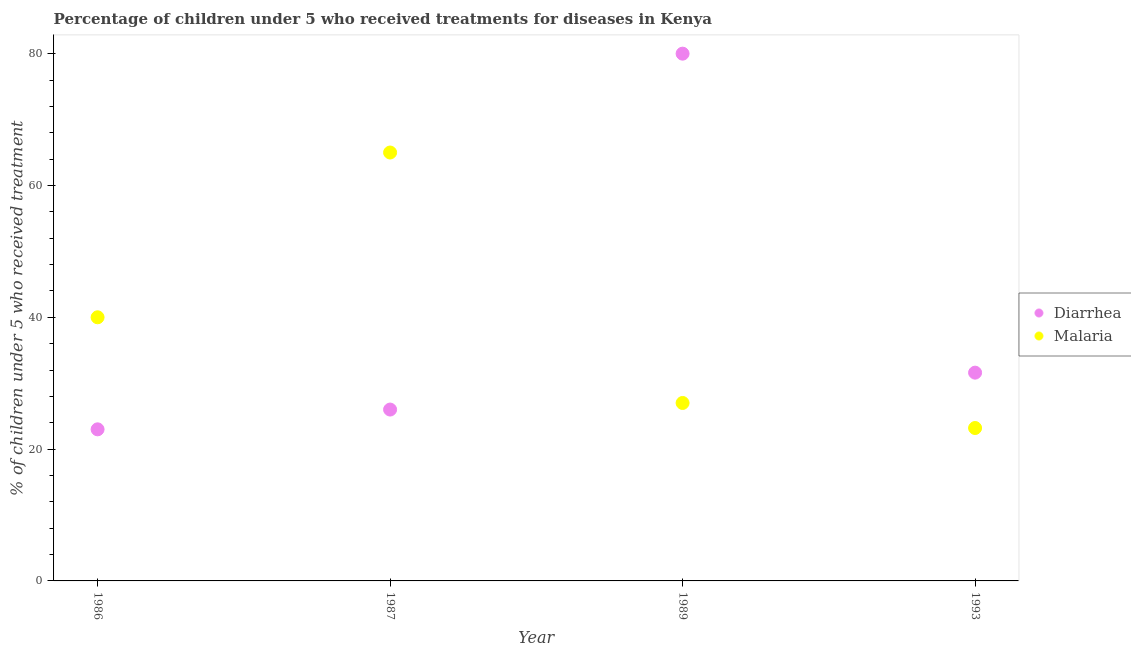
| Year | Diarrhea | Malaria |
 | --- | --- | --- |
 | 1986 | 23 | 40 |
 | 1987 | 26 | 65 |
 | 1989 | 80 | 27 |
 | 1993 | 31.6 | 23.2 |